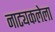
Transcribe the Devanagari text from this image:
नाट्यकलेला